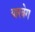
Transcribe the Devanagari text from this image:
यारबेग